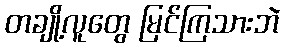
တချို့လူတွေ မြင်ကြသားဘဲ